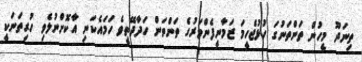
ތިނަދޫ މީހުން ތަންތަނުގަ ހުޅުޖެހީމަ ޒަމާނީފެންވަރުގެ ތަންތަން ހަދާދޭތީވެ ހަމައެކަނި އާކޮށްނުލެވި ހުރިތަނަކީ